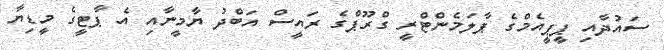
ސައުދާއި ޕީޕީއެމްގެ ޕާލަމެންޓްރީ ގްރޫޕްގެ ރައީސް އަބްދު ޔާމީނާއި އެ ޕާޓީގެ މީޑިޔާ